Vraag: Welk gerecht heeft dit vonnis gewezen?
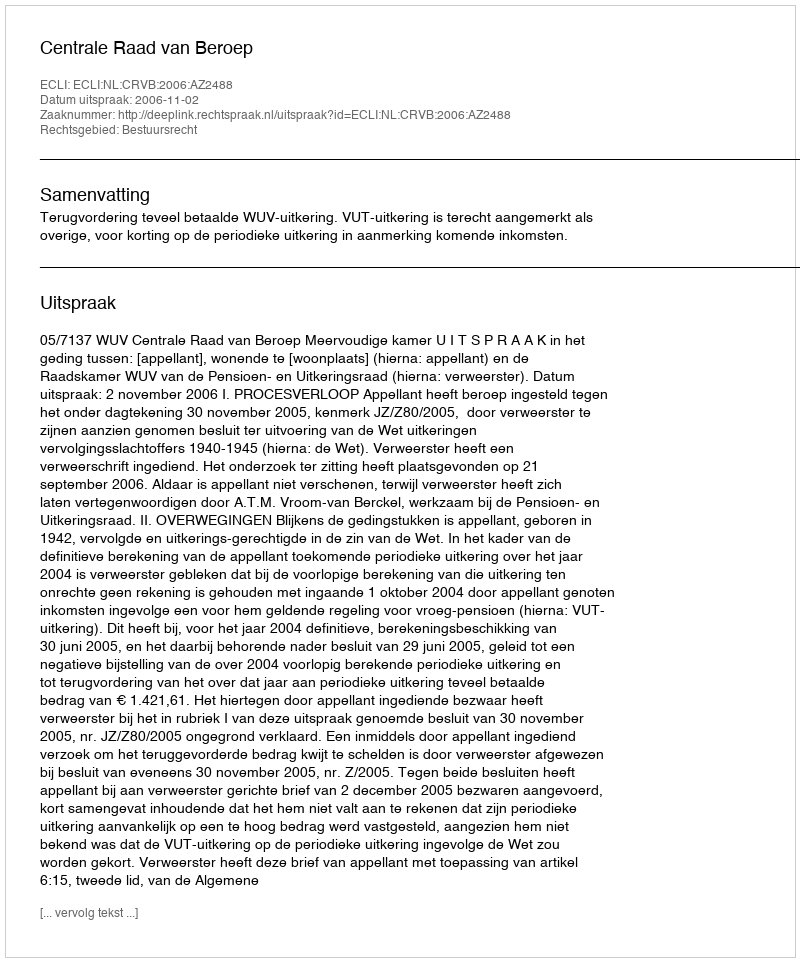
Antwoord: Centrale Raad van Beroep